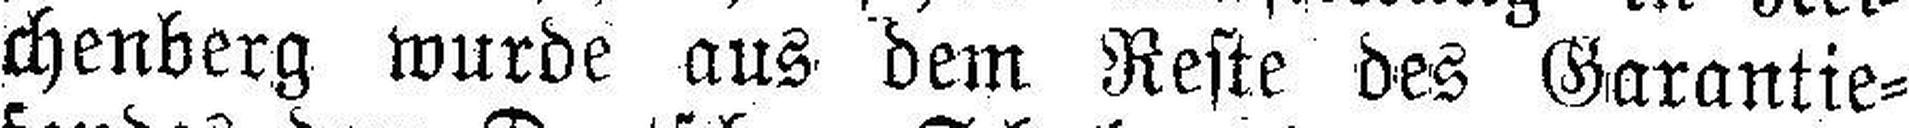
chenberg wurde aus dem Reste des Garantie¬